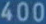
400